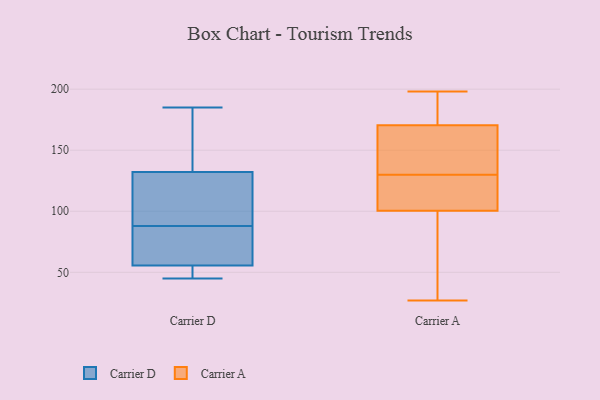
{"axis": {"x": "Net Income (USD K)", "y": "Value"}, "legend": ["Carrier A", "Carrier D"], "data": [{"x": "", "y": 88, "type": "Carrier D"}, {"x": "", "y": 81, "type": "Carrier D"}, {"x": "", "y": 45, "type": "Carrier D"}, {"x": "", "y": 48, "type": "Carrier D"}, {"x": "", "y": 51, "type": "Carrier D"}, {"x": "", "y": 165, "type": "Carrier D"}, {"x": "", "y": 115, "type": "Carrier D"}, {"x": "", "y": 132, "type": "Carrier D"}, {"x": "", "y": 57, "type": "Carrier D"}, {"x": "", "y": 185, "type": "Carrier D"}, {"x": "", "y": 133, "type": "Carrier D"}, {"x": "", "y": 119, "type": "Carrier D"}, {"x": "", "y": 58, "type": "Carrier D"}, {"x": "", "y": 153, "type": "Carrier A"}, {"x": "", "y": 186, "type": "Carrier A"}, {"x": "", "y": 107, "type": "Carrier A"}, {"x": "", "y": 140, "type": "Carrier A"}, {"x": "", "y": 120, "type": "Carrier A"}, {"x": "", "y": 38, "type": "Carrier A"}, {"x": "", "y": 112, "type": "Carrier A"}, {"x": "", "y": 95, "type": "Carrier A"}, {"x": "", "y": 133, "type": "Carrier A"}, {"x": "", "y": 187, "type": "Carrier A"}, {"x": "", "y": 173, "type": "Carrier A"}, {"x": "", "y": 95, "type": "Carrier A"}, {"x": "", "y": 27, "type": "Carrier A"}, {"x": "", "y": 198, "type": "Carrier A"}, {"x": "", "y": 168, "type": "Carrier A"}, {"x": "", "y": 29, "type": "Carrier A"}, {"x": "", "y": 167, "type": "Carrier A"}, {"x": "", "y": 127, "type": "Carrier A"}, {"x": "", "y": 192, "type": "Carrier A"}, {"x": "", "y": 106, "type": "Carrier A"}]}